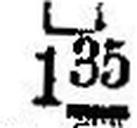
□ 135